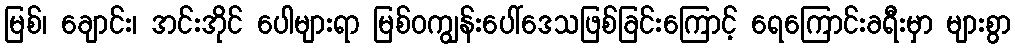
မြစ်၊ ချောင်း၊ အင်းအိုင် ပေါများရာ မြစ်ဝကျွန်းပေါ်ဒေသဖြစ်ခြင်းကြောင့် ရေကြောင်းခရီးမှာ များစွာ